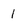
Character: 1